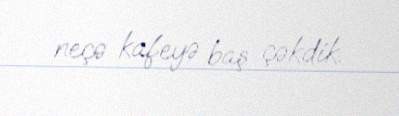
neçə kafeyə baş çəkdik.